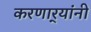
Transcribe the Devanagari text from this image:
करणार्‍यांनी